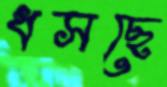
ধসছে